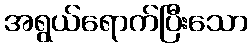
အရွယ်ရောက်ပြီးသော